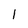
Character: 1